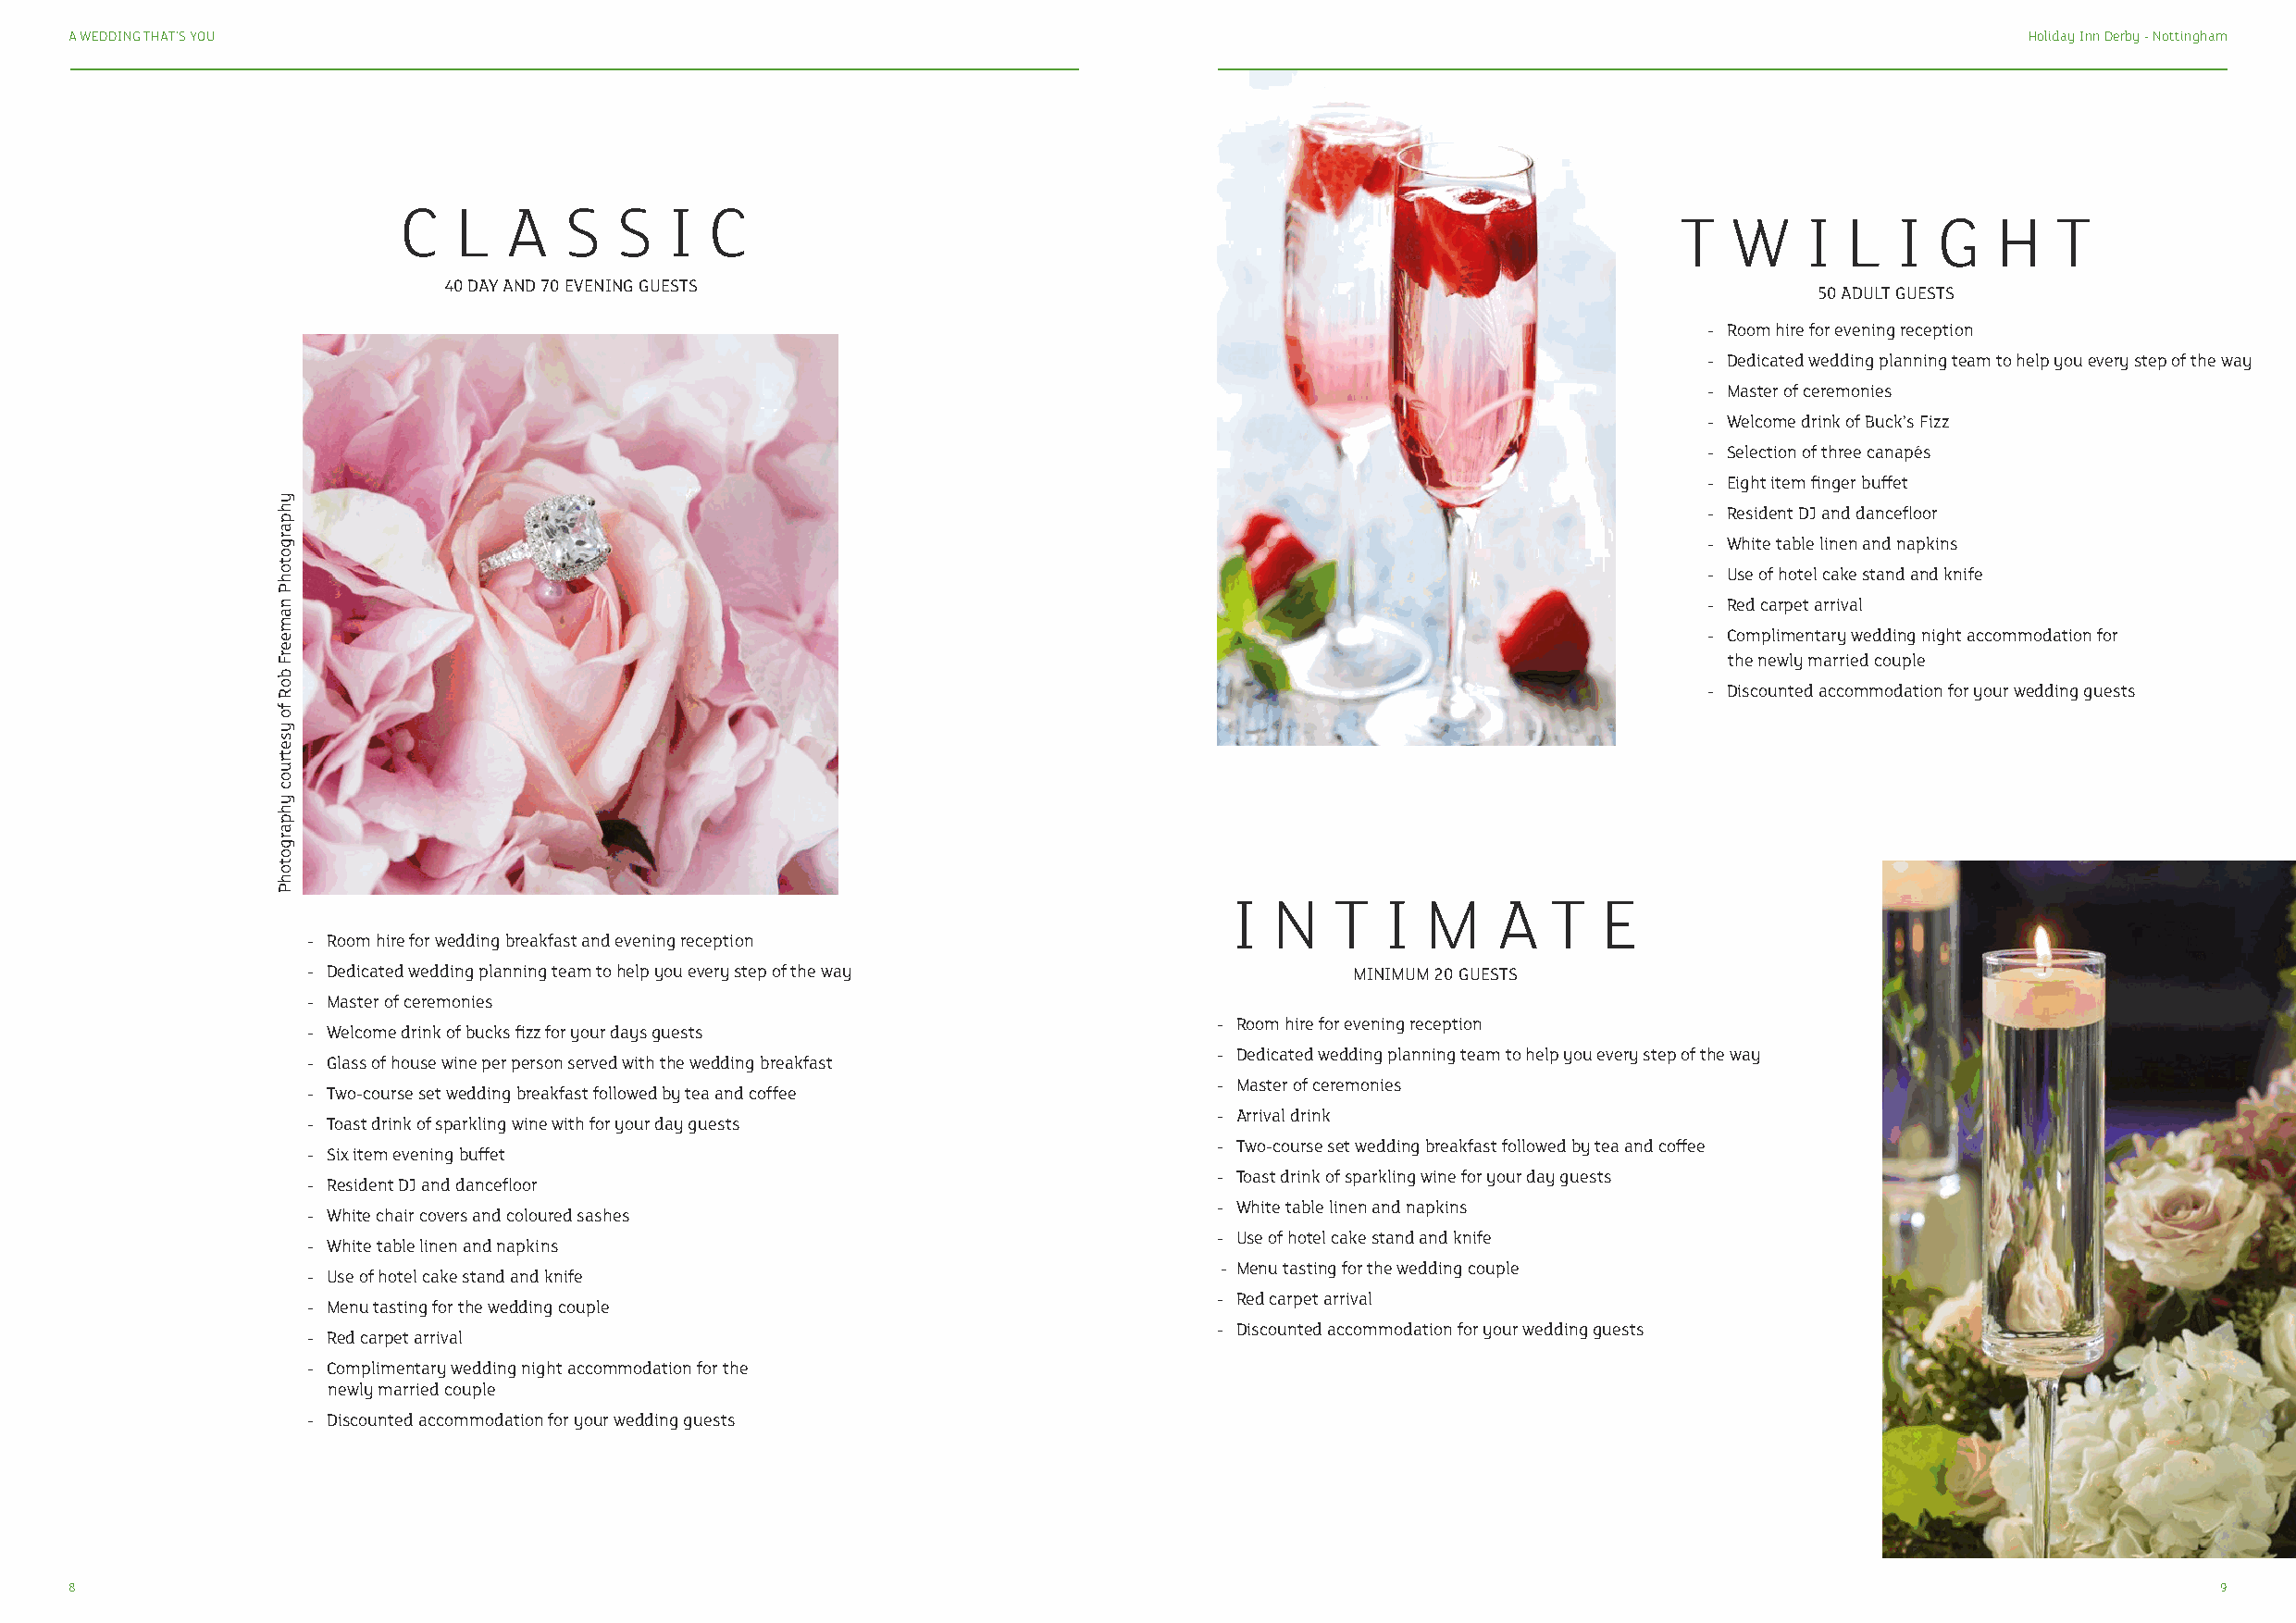
A WEDDING THAT’S YOU                                                                                                                        Holiday Inn Derby - Nottingham
 C   L  A   S   S   I  C
 T   W    I  L   I  G   H   T
 40 DAY AND 70 EVENING GUESTS
 50 ADULT GUESTS
 - Room hire for evening reception
 - Dedicated wedding planning team to help you every step of the way
 - Master of ceremonies
 - Welcome drink of Buck’s Fizz
 - Selection of three canapés
 - Eight item finger buffet
 - Resident DJ and dancefloor
 - White table linen and napkins
 - Use of hotel cake stand and knife
 - Red carpet arrival
 - Complimentary wedding night accommodation for
 the newly married couple
 - Discounted accommodation for your wedding guests
 I  N   T   I  M    A   T   E
 - Room hire for wedding breakfast and evening reception
 - Dedicated wedding planning team to help you every step of the way        MINIMUM 20 GUESTS
 - Master of ceremonies
 - Room hire for evening reception
 - Welcome drink of bucks fizz for your days guests
 - Dedicated wedding planning team to help you every step of the way
 - Glass of house wine per person served with the wedding breakfast
 - Master of ceremonies
 - Two-course set wedding breakfast followed by tea and coffee
 - Arrival drink
 - Toast drink of sparkling wine with for your day guests
 - Two-course set wedding breakfast followed by tea and coffee
 - Six item evening buffet
 - Toast drink of sparkling wine for your day guests
 - Resident DJ and dancefloor
 - White table linen and napkins
 - White chair covers and coloured sashes
 - Use of hotel cake stand and knife
 - White table linen and napkins
 - Menu tasting for the wedding couple
 - Use of hotel cake stand and knife
 - Red carpet arrival
 - Menu tasting for the wedding couple
 - Discounted accommodation for your wedding guests
 - Red carpet arrival
 - Complimentary wedding night accommodation for the
 newly married couple
 - Discounted accommodation for your wedding guests
 8                                                                                                                                                         9
 yhpargotohP
 nameerF
 boR
 fo
 ysetruoc
 yhpargotohP